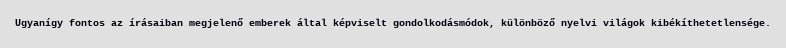
Ugyanígy fontos az írásaiban megjelenő emberek által képviselt gondolkodásmódok, különböző nyelvi világok kibékíthetetlensége.